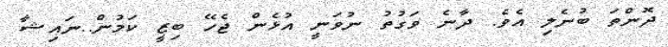
ދޮންތަ ބުނެލި އެވެ. ދާނެ ވަގުތު ނުވަނީ އުޅެން ޖެހޭ ބިޒީ ކަމުން..ނައިޝާ